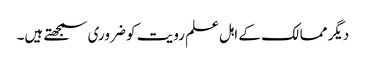
دیگر ممالک کے اہل علم رویت کو ضروری سمجھتے ہیں۔